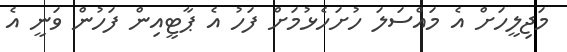
މަޖިލީހަށް އެ މައްސަލަ ހުށަހެޅުމަށް ފަހު އެ ޕާޓީއިން ފަހުން ވަނީ އެ